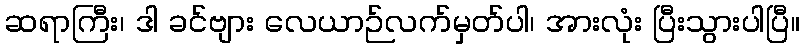
ဆရာကြီး၊ ဒါ ခင်ဗျား လေယာဉ်လက်မှတ်ပါ၊ အားလုံး ပြီးသွားပါပြီ။